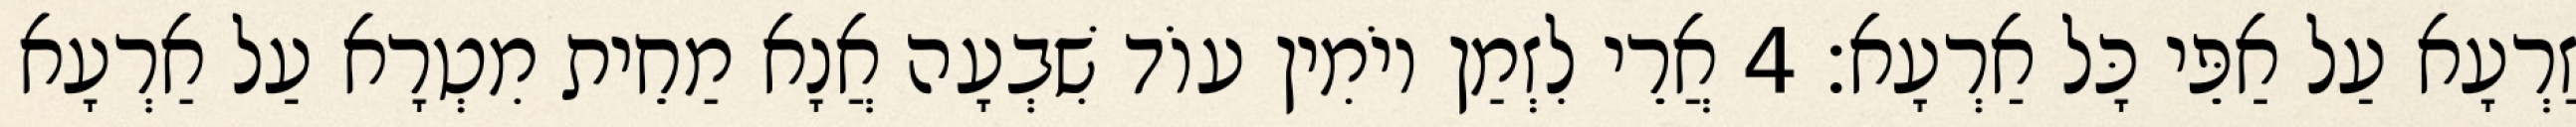
זַרְעָא עַל אַפֵּי כָּל אַרְעָא׃ 4 אֲרֵי לִזְמַן יוֹמִין עוֹד שִׁבְעָה אֲנָא מַחֵית מִטְרָא עַל אַרְעָא